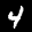
Label: 4